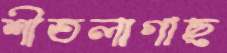
শীতলাগাছ